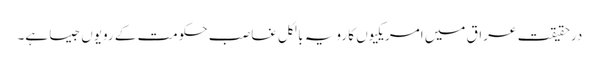
درحقیقت عراق میں امریکیوں کا رویہ بالکل غاصب حکومت کے رویوں جیسا ہے۔